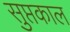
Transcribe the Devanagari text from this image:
सुप्तकाल